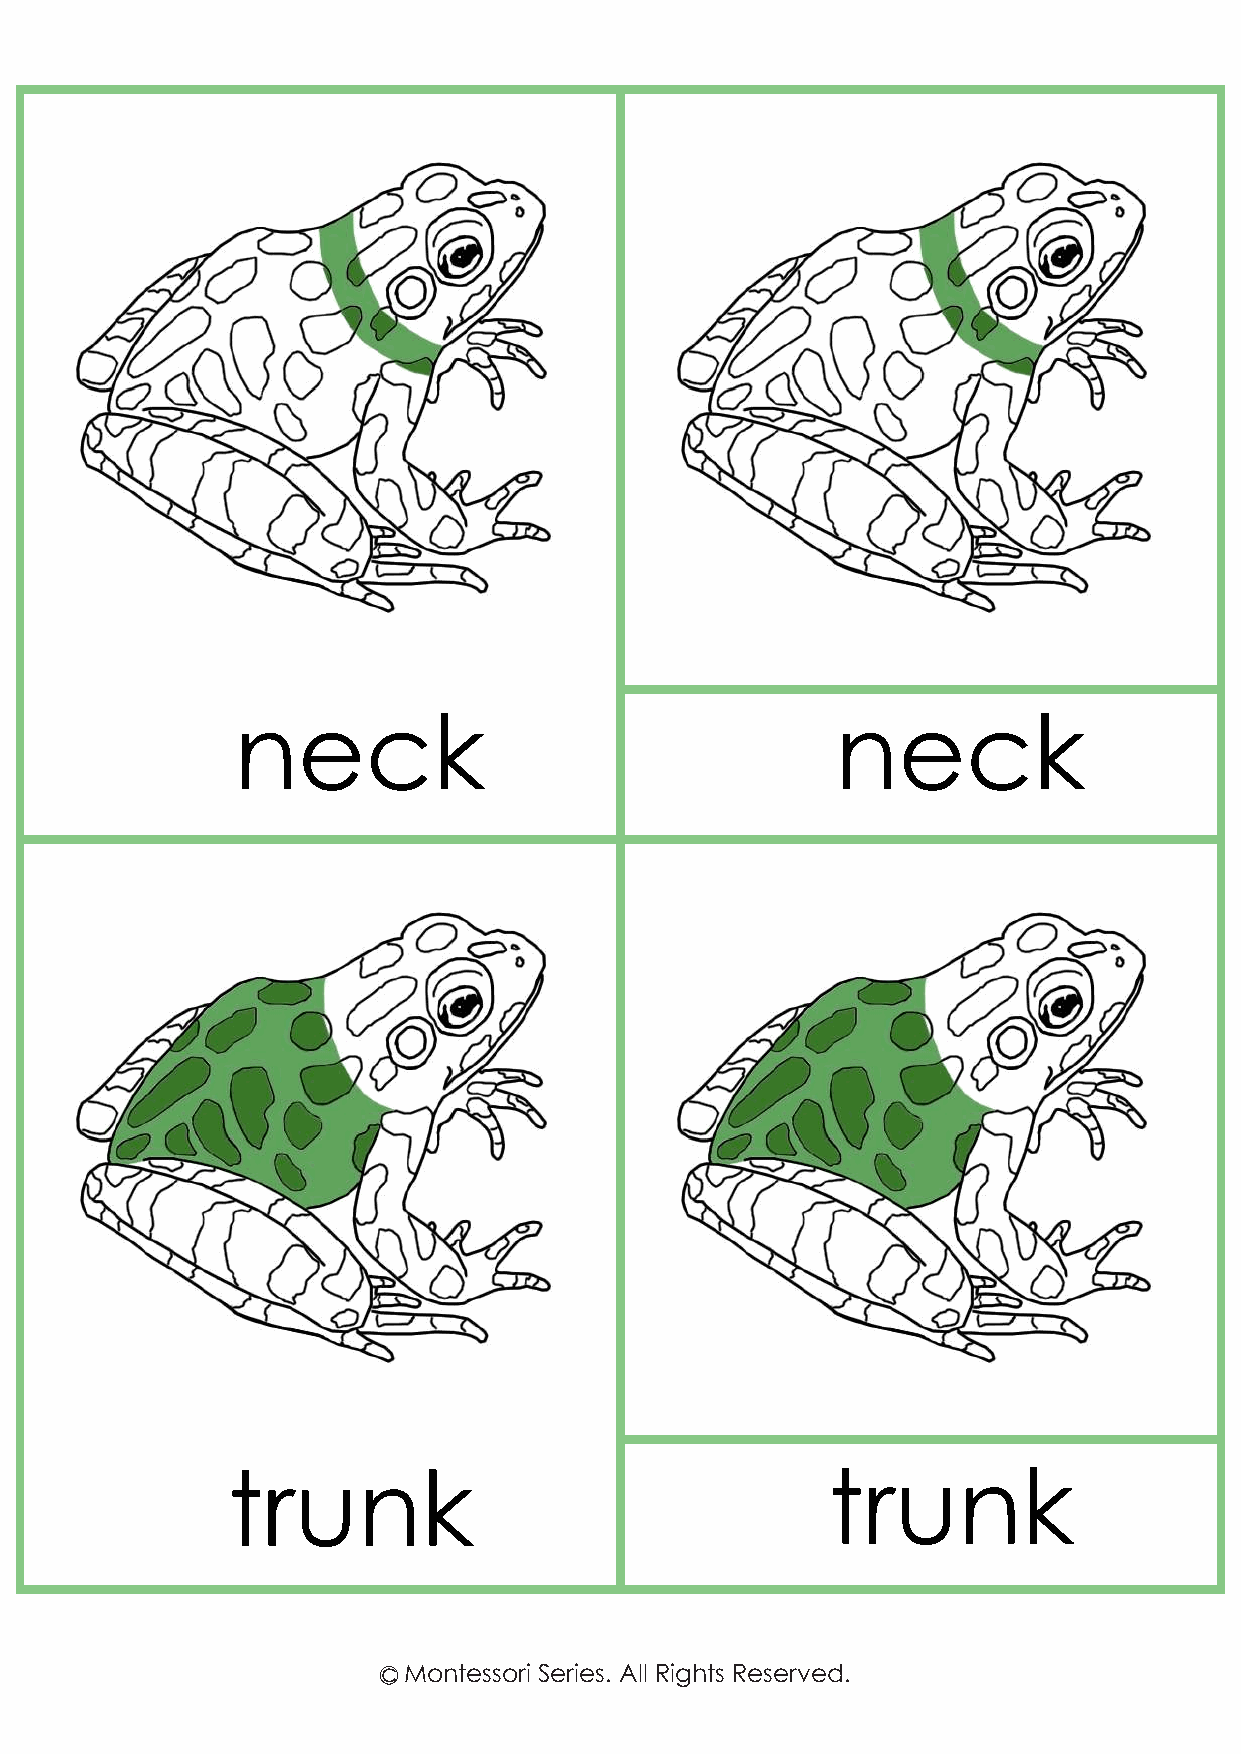
neck                                   neck
 trunk                                   trunk
 c Montessori Series. All Rights Reserved.